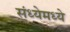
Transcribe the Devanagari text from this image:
संध्येमध्ये